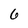
Character: 6